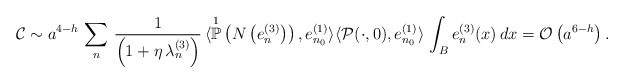
\begin{align*}\mathcal{C} \sim a^{4-h} \, \sum_{n} \, \frac{1}{\left( 1 + \eta \, \lambda_{n}^{(3)} \right)} \, \langle \overset{1}{\mathbb{P}}\left(N\left(e_{n}^{(3)}\right)\right) , e^{(1)}_{n_{0}} \rangle \langle \mathcal{P}(\cdot,0), e^{(1)}_{n_0} \rangle \, \int_{B} e^{(3)}_{n}(x) \, dx = \mathcal{O}\left( a^{6-h} \right).\end{align*}